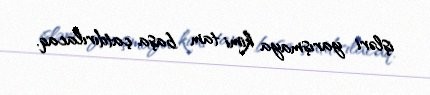
işləri yarışmaya kimi tam başa çatdırılacaq.